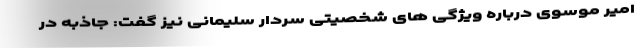
امیر موسوی درباره ویژگی های شخصیتی سردار سلیمانی نیز گفت: جاذبه در